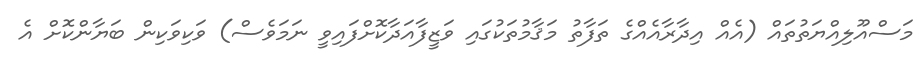
މަސްއޫލިއްޔަތުތައް (އެއް އިދާރާއެއްގެ ތަފާތު މަޤާމުތަކުގައި ވަޒީފާއަދާކޮށްފައިވީ ނަމަވެސް) ވަކިވަކިން ބަޔާންކޮށް އެ